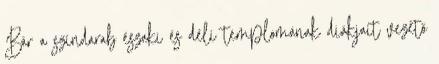
Bár a színdarab északi és déli templomának diákjait vezető